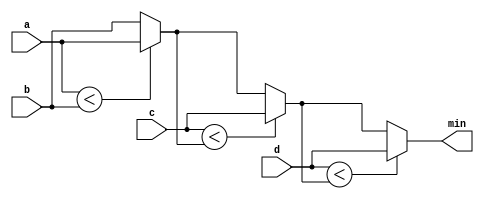
module top_module (
    input [7:0] a, b, c, d,
    output [7:0] min);//
    wire [7:0]q1,q2,q3;
    assign q1=(a<b)?a:b;
    assign q2=(c<q1)?c:q1;
    assign q3=(d<q2)?d:q2;
    assign min=q3;
    

    // assign intermediate_result1 = compare? true: false;

endmodule